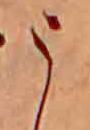
う